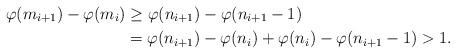
LaTeX: \begin{align*}\varphi(m_{i+1}) - \varphi(m_{i}) &\ge \varphi(n_{i+1}) - \varphi(n_{i+1}-1) \\&= \varphi(n_{i+1}) -\varphi(n_i)+\varphi(n_i) - \varphi(n_{i+1}-1)> 1. \end{align*}